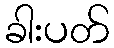
ခါးပတ်